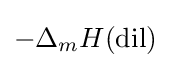
-\Delta _{m}H{\text{(dil)}}